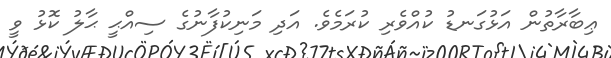
ޢިބާރާތުން އަޅުގަނޑު ކުއްވެރި ކުރަމެވެ. އަދި މަނިކުފާނުގެ ސިއްޙީ ޙާލު ކޮޅު ވީ